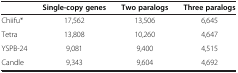
<table><thead><tr><td><b> </b></td><td><b>Single-copy genes</b></td><td><b>Two paralogs</b></td><td><b>Three paralogs</b></td></tr></thead><tbody><tr><td>Chiifu*</td><td>17,562</td><td>13,506</td><td>6,645</td></tr><tr><td>Tetra</td><td>13,808</td><td>10,260</td><td>4,647</td></tr><tr><td>YSPB-24</td><td>9,081</td><td>9,400</td><td>4,515</td></tr><tr><td>Candle</td><td>9,343</td><td>9,604</td><td>4,692</td></tr></tbody></table>